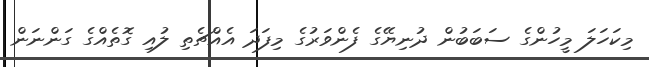
މިކަހަލަ މީހުންގެ ސަބަބުން ދުނިޔޭގެ ފެންވަރުގެ މިފަދަ އެއްޗެތި ލުއި ގޮތެއްގެ ގަންނަން